Civil Veterinary Department Bengal reports 1933-51 - 1933-1951
Year: 1933
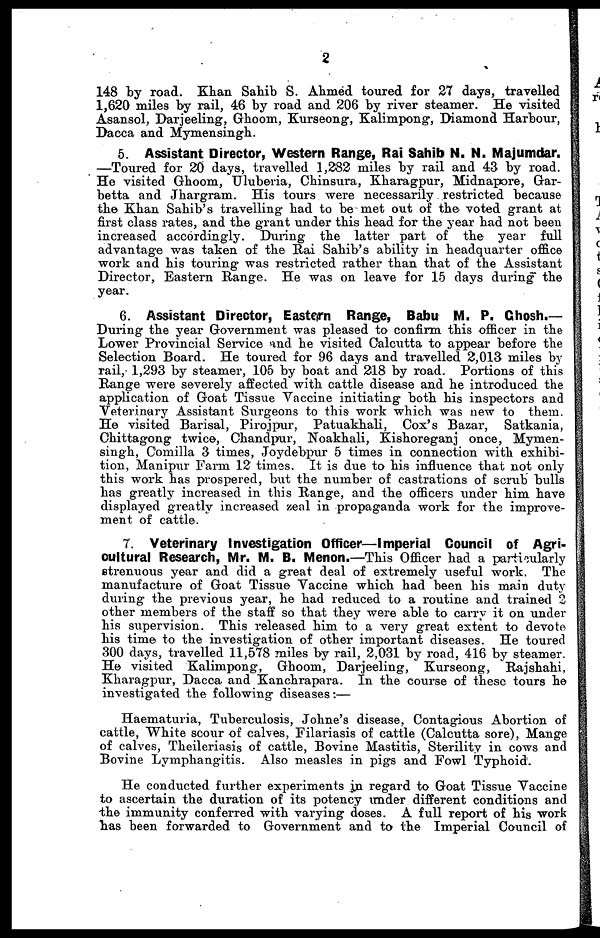
2
148 by road. Khan Sahib S. Ahmed toured for 27 days, travelled
1,620 miles by rail, 46 by road and 206 by river steamer. He visited
Asansol, Darjeeling, Ghoom, Kurseong, Kalimpong, Diamond Harbour,
Dacca and Mymensingh.
5. Assistant Director, Western Range, Rai Sahib N. N. Majumdar.
—Toured for 20 days, travelled 1,282 miles by rail and 43 by road.
He visited Ghoom, Uluberia, Chinsura, Kharagpur, Midnapore, Gar-
betta and Jhargram. His tours were necessarily restricted because
the Khan Sahib's travelling had to be met out of the voted grant at
first class rates, and the grant under this head for the year had not been
increased accordingly. During the latter part of the year full
advantage was taken of the Rai Sahib's ability in headquarter office
work and his touring was restricted rather than that of the Assistant
Director, Eastern Range. He was on leave for 15 days during the
year.
6. Assistant Director, Eastern Range, Babu M. P. Chosh.—
During the year Government was pleased to confirm this officer in the
Lower Provincial Service and he visited Calcutta to appear before the
Selection Board. He toured for 96 days and travelled 2,013 miles by
rail, 1,293 by steamer, 105 by boat and 218 by road. Portions of this
Range were severely affected with cattle disease and he introduced the
application of Goat Tissue Vaccine initiating both his inspectors and
Veterinary Assistant Surgeons to this work which was new to them.
He visited Barisal, Pirojpur, Patuakhali, Cox's Bazar, Satkania,
Chittagong twice, Chandpur, Noakhali, Kishoreganj once, Mymen-
singh, Comilla 3 times, Joydebpur 5 times in connection with exhibi-
tion, Manipur Farm 12 times. It is due to his influence that not only
this work has prospered, but the number of castrations of scrub bulls
has greatly increased in this Range, and the officers under him have
displayed greatly increased zeal in propaganda work for the improve-
ment of cattle.
7. Veterinary Investigation Officer—Imperial Council of Agri-
cultural Research, Mr. M. B. Menon.—This Officer had a particularly
strenuous year and did a great deal of extremely useful work. The
manufacture of Goat Tissue Vaccine which had been his main duty
during the previous year, he had reduced to a routine and trained 2
other members of the staff so that they were able to carry it on under
his supervision. This released him to a very great extent to devote
his time to the investigation of other important diseases. He toured
300 days, travelled 11,578 miles by rail, 2,031 by road, 416 by steamer.
He visited Kalimpong, Ghoom, Darjeeling, Kurseong, Rajshahi,
Kharagpur, Dacca and Kanchrapara. In the course of these tours he
investigated the following diseases:—
Haematuria, Tuberculosis, Johne's disease, Contagious Abortion of
cattle, White scour of calves, Filariasis of cattle (Calcutta sore), Mange
of calves, Theileriasis of cattle, Bovine Mastitis, Sterility in cows and
Bovine Lymphangitis. Also measles in pigs and Fowl Typhoid.
He conducted further experiments in regard to Goat Tissue Vaccine
to ascertain the duration of its potency under different conditions and
the immunity conferred with varying doses. A full report of his work
has been forwarded to Government and to the Imperial Council of